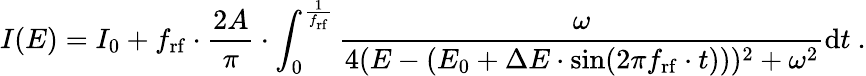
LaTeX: I(E)=I_{0}+f_{\mathrm{rf}}\cdot\frac{2A}{\pi}\cdot\int_{0}^{\frac{1}{f_{\mathrm{rf}}}}\frac{\omega}{4(E-(E_{0}+\Delta E\cdot\sin(2\pi f_{\mathrm{rf}}\cdot t)))^{2}+\omega^{2}}\mathrm{d}t\ .